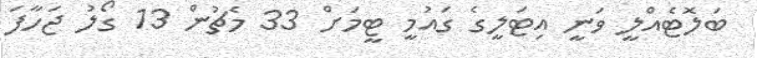
ބަލޮޓެއްލީ ވަނީ އިޓަލީގެ ގައުމީ ޓީމަށް 33 މެޗުން 13 ގޯލު ޖަހާފަ